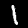
Label: 1